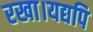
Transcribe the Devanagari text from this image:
रखा।यद्यपि